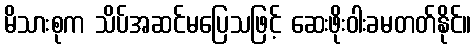
မိသားစုက သိပ်အဆင်မပြေသဖြင့် ဆေးဖိုးဝါးခမတတ်နိုင်။